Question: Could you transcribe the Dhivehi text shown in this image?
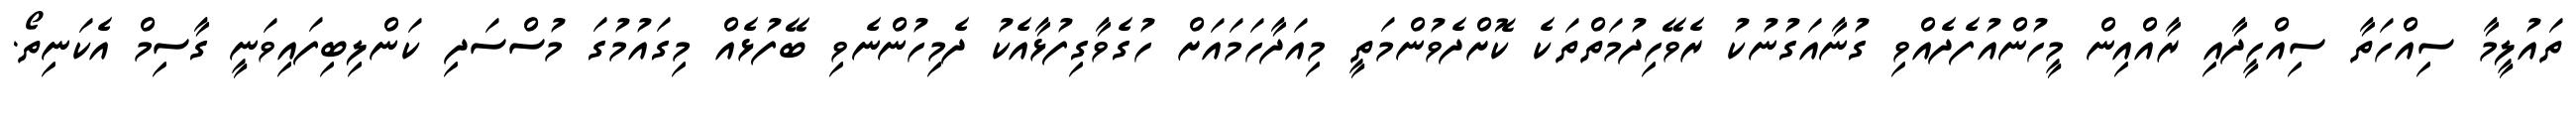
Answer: ތައުލީމާ ސިއްހަތާ ސިއްހީދާއި ރާއްއިން މީހުންއުފެދެއްވި ގުނާއަގުނުކު ރެވޭހިދުމަތްތަކެ ކޮށްދެވުންމަތީ މިއަދާހަމައަށް ހުގެވާގިފުޅާއެކު ދެމިހުންނެވި ބޭފުޅެއް މިގައުމުގަ މުސްސަދި ކަންލިބިފައިވަނީ ގާސިމް އެކަނިތޯ.